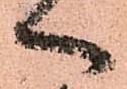
へ